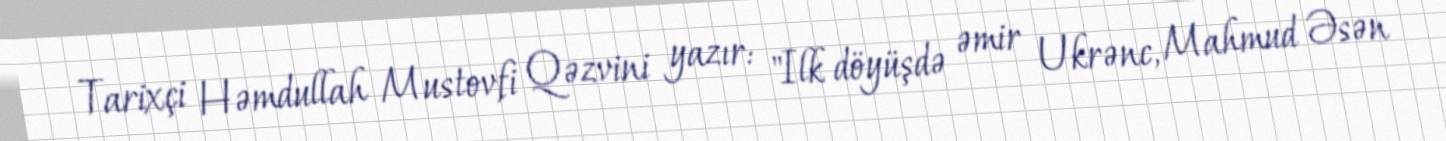
Tarixçi Həmdullah Mustovfi Qəzvini yazır: "Ilk döyüşdə əmir Ukrənc, Mahmud Əsən